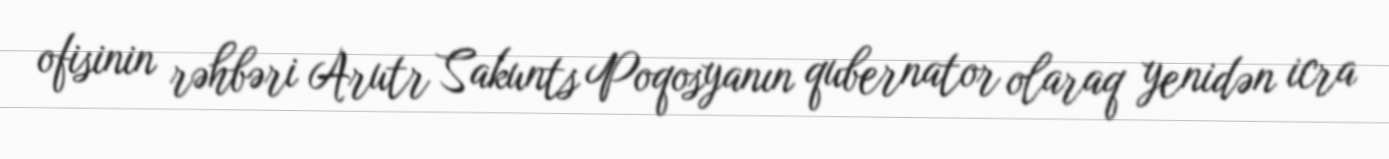
ofisinin rəhbəri Arutr Sakunts Poqosyanın qubernator olaraq yenidən icra